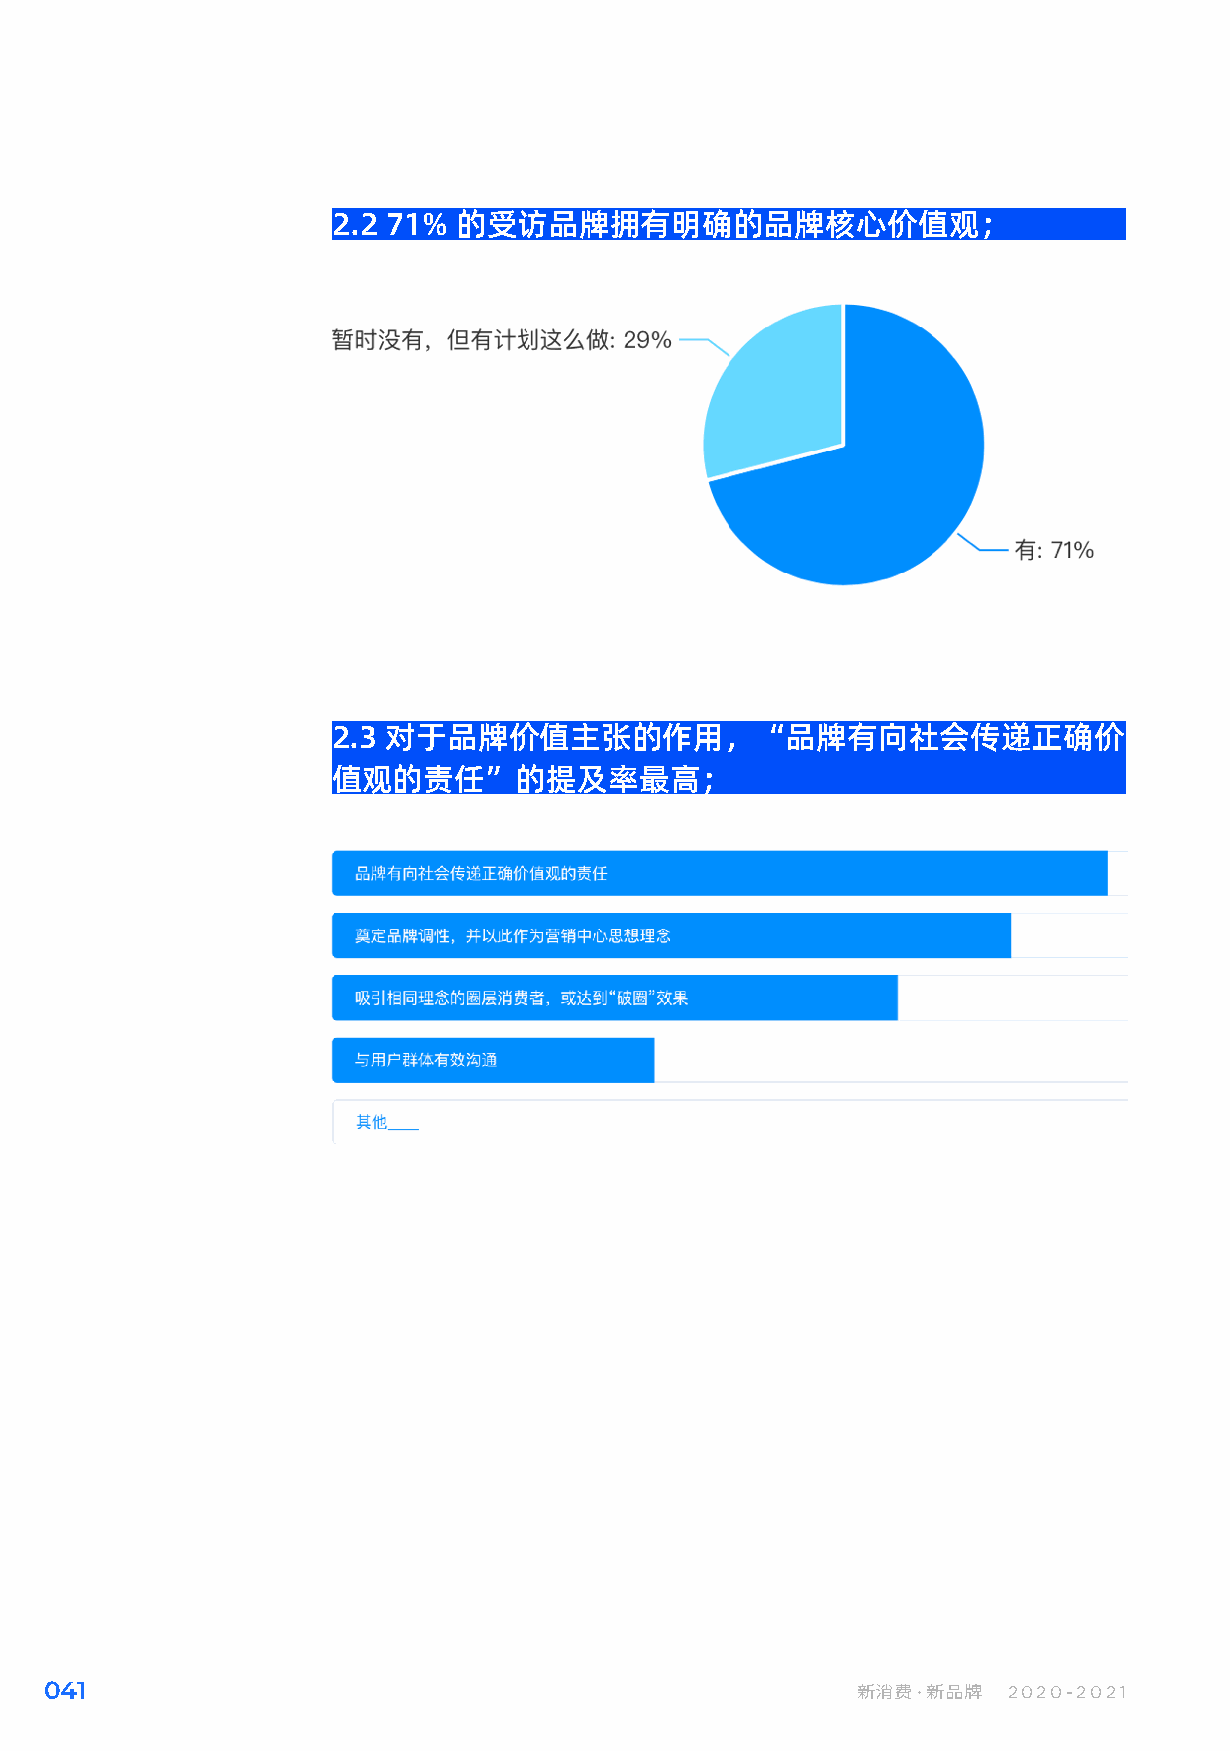
2.2 71% 的受访品牌拥有明确的品牌核心价值观；
 2.3 对于品牌价值主张的作用，“品牌有向社会传递正确价
 值观的责任”的提及率最高；
 041                                                   新消费·新品牌   2020-2021